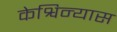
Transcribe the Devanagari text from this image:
केश्विन्यास